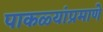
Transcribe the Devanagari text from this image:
पाकळ्यांप्रमाणे